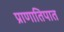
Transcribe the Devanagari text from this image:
प्राणातिपात